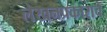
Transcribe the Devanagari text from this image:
लेखनप्रकाराचे